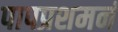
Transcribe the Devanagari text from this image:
पापप्रशमनं